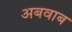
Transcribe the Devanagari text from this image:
अबवाब